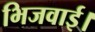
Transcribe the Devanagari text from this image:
भिजवाई।